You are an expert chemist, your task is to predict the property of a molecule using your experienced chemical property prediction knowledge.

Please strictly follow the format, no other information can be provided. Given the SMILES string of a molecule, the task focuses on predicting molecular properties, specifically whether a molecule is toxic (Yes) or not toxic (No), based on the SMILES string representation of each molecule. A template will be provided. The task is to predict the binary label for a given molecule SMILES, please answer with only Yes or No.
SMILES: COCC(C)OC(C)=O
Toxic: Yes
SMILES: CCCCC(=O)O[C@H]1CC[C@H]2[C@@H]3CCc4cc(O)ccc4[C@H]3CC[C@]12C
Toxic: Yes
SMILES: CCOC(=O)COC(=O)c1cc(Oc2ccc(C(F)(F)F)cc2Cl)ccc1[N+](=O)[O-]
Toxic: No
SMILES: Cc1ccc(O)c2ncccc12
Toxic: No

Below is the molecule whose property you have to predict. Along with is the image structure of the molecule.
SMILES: Cc1ccc(S(=O)(=O)N=C=O)cc1
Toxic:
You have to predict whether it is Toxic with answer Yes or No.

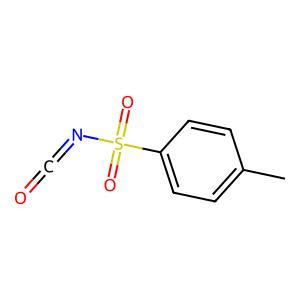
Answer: No